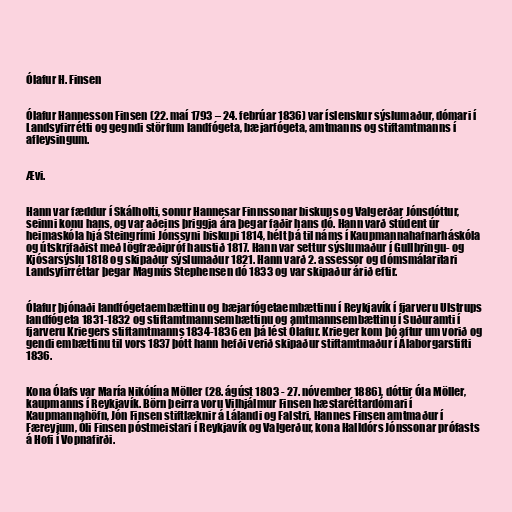
Ólafur H. Finsen

Ólafur Hannesson Finsen (22. maí 1793 – 24. febrúar 1836) var íslenskur sýslumaður, dómari í
Landsyfirrétti og gegndi störfum landfógeta, bæjarfógeta, amtmanns og stiftamtmanns í
afleysingum.

Ævi.

Hann var fæddur í Skálholti, sonur Hannesar Finnssonar biskups og Valgerðar Jónsdóttur,
seinni konu hans, og var aðeins þriggja ára þegar faðir hans dó. Hann varð stúdent úr
heimaskóla hjá Steingrími Jónssyni biskupi 1814, hélt þá til náms í Kaupmannahafnarháskóla
og útskrifaðist með lögfræðipróf haustið 1817. Hann var settur sýslumaður í Gullbringu- og
Kjósarsýslu 1818 og skipaður sýslumaður 1821. Hann varð 2. assessor og dómsmálaritari
Landsyfirréttar þegar Magnús Stephensen dó 1833 og var skipaður árið eftir.

Ólafur þjónaði landfógetaembættinu og bæjarfógetaembættinu í Reykjavík í fjarveru Ulstrups
landfógeta 1831-1832 og stiftamtmannsembættinu og amtmannsembættinu í Suðuramti í
fjarveru Kriegers stiftamtmanns 1834-1836 en þá lést Ólafur. Krieger kom þó aftur um vorið og
gendi embættinu til vors 1837 þótt hann hefði verið skipaður stiftamtmaður í Álaborgarstifti
1836.

Kona Ólafs var María Nikólína Möller (28. ágúst 1803 - 27. nóvember 1886), dóttir Óla Möller,
kaupmanns í Reykjavík. Börn þeirra voru Vilhjálmur Finsen hæstaréttardómari í
Kaupmannahöfn, Jón Finsen stiftlæknir á Lálandi og Falstri, Hannes Finsen amtmaður í
Færeyjum, Óli Finsen póstmeistari í Reykjavík og Valgerður, kona Halldórs Jónssonar prófasts
á Hofi í Vopnafirði.